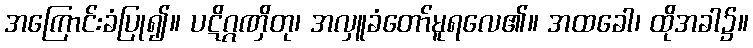
အကြောင်းခံပြု၍။ ပဋိဂ္ဂဏှိတု၊ အလှူခံတော်မူရလေ၏။ အထခေါ၊ ထိုအခါ၌။